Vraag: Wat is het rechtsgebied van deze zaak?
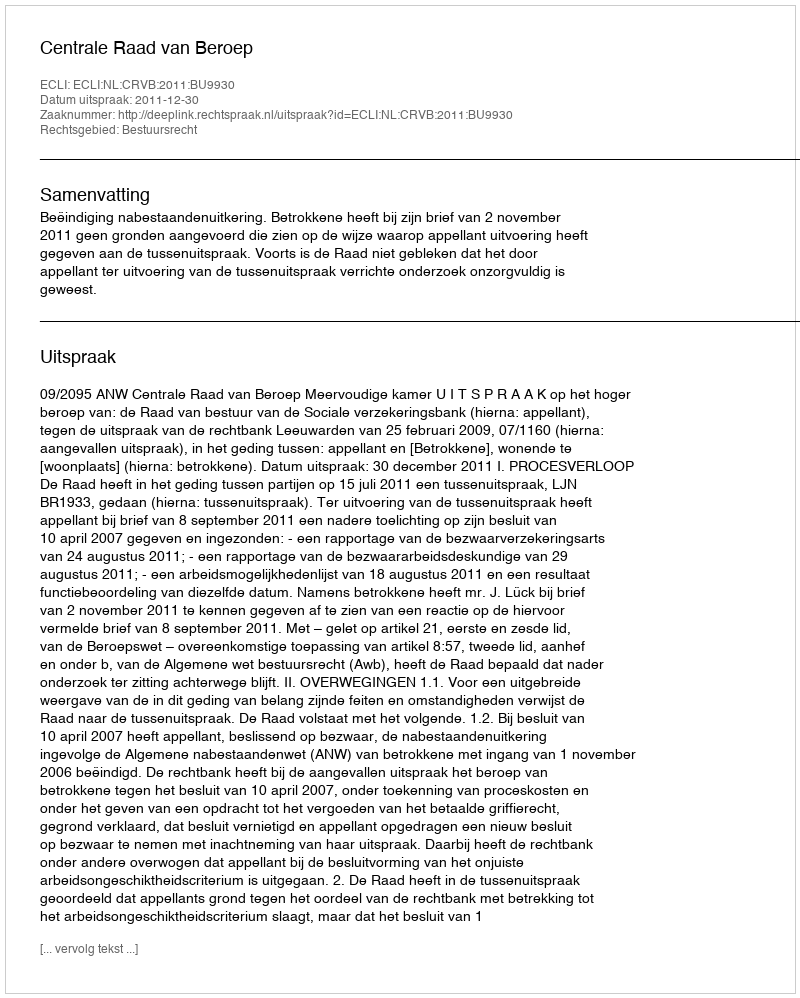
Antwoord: Bestuursrecht